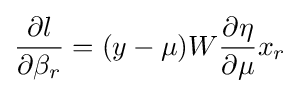
{\frac {\partial l}{\partial \beta _{r}}}=(y-\mu )W{\frac {\partial \eta }{\partial \mu }}x_{r}